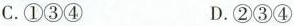
C.①③④ D.②③④